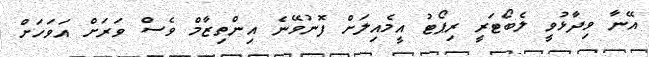
އޭނާ ވިދާޅުވީ ލެބޯޓަރީ ރިޕޯޓު އީމެއިލަށް ފޮނުވޭނެ އިންތިޒާމް ވެސް ވަރަށް އަވަހަށް